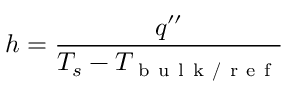
h = \frac { q ^ { \prime \prime } } { T _ { s } - T _ { \mathrm { ~ b ~ u ~ l ~ k ~ / ~ r ~ e ~ f ~ } } }